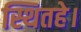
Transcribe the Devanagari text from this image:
स्थितहे।